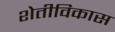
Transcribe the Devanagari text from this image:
शेतीविकास